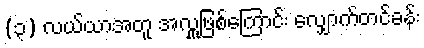
(၃) လယ်ယာအတူ အလှူဖြစ်ကြောင်း လျှောက်တင်ခန်း